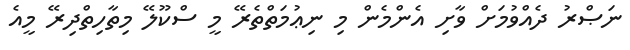
ނަޞްރު ދެއްވުމަށް ވާށި އެންމެން މި ނިޢުމަތްތެރޭ މީ ސްކޫލޭ މިތާހިތްދިރޭ މީއެ